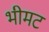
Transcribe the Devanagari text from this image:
भीमट